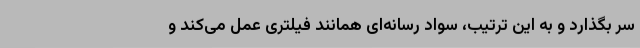
سر بگذارد و به این ترتیب، سواد رسانه‌ای همانند فیلتری عمل می‌کند و